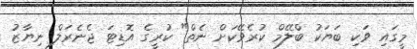
މީގައި ވަކި ބަޔަކު ބްލޭމް ކުރެވޭކަށް ނެތް" ކުރީގެ އޮޑިޓަ ޖެނެރަލް ނިޔާޒު